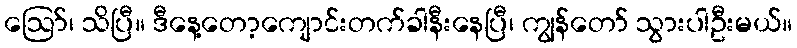
ဪ၊ သိပြီ။ ဒီနေ့တော့ကျောင်းတက်ခါနီးနေပြီ၊ ကျွန်တော် သွားပါဦးမယ်။